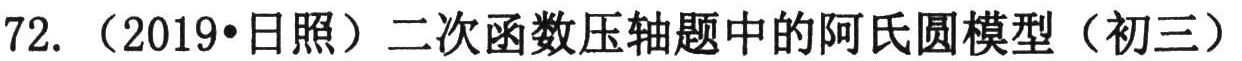
72. （2019•日照）二次函数压轴题中的阿氏圆模型（初三）